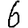
Digit: 6